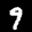
Label: 9